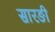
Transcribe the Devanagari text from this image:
सारङी